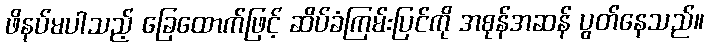
ဖိနပ်မပါသည့် ခြေထောက်ဖြင့် ဆိပ်ခံကြမ်းပြင်ကို အစုန်အဆန် ပွတ်နေသည်။